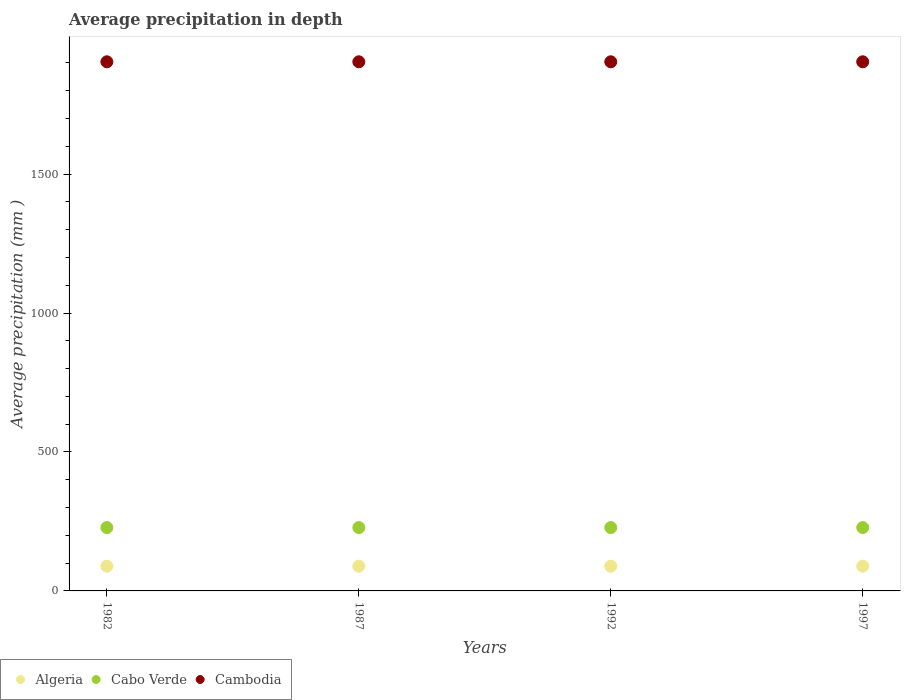
| Years | Algeria | Cabo Verde | Cambodia |
 | --- | --- | --- | --- |
 | 1982 | 89 | 228 | 1.9e+03 |
 | 1987 | 89 | 228 | 1.9e+03 |
 | 1992 | 89 | 228 | 1.9e+03 |
 | 1997 | 89 | 228 | 1.9e+03 |